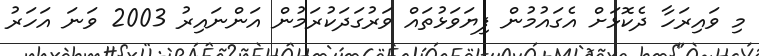
މި ވައިރަހާ ދެކޮޅަށް އެގައުމުން ފިޔަވަޅުތައް ވަރުގަދަކުރަމުން އަންނައިރު 2003 ވަނަ އަހަރު